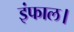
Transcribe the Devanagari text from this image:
इंफाल।